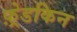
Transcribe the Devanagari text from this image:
फ़्रेडकिन